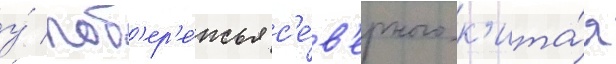
у́ поб'ер'е́жья с'е́в'ерного к'ита́я